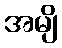
အမျိ